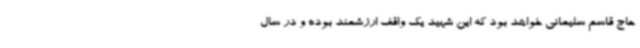
حاج قاسم سلیمانی خواهد بود که این شهید یک واقف ارزشمند بوده و در سال